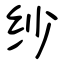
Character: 纱